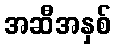
အဆီအနှစ်